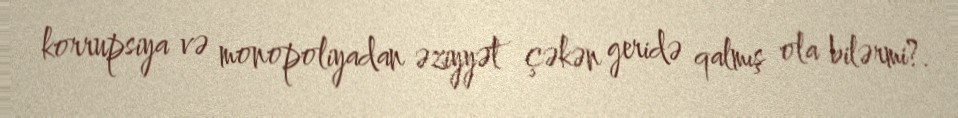
korrupsiya və monopoliyadan əziyyət çəkən geridə qalmış ola bilərmi?.